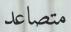
متصاعد